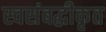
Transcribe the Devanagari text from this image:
स्वसंबद्धीकृत